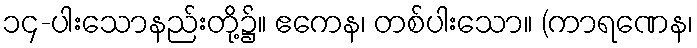
၁၄-ပါးသောနည်းတို့၌။ ဧကေန၊ တစ်ပါးသော။ (ကာရဏေန၊